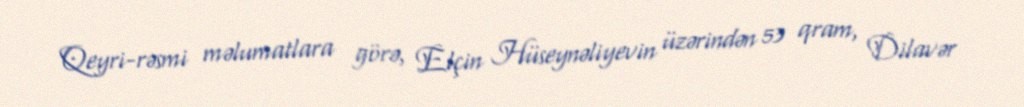
Qeyri-rəsmi məlumatlara görə, Elçin Hüseynəliyevin üzərindən 53 qram, Dilavər